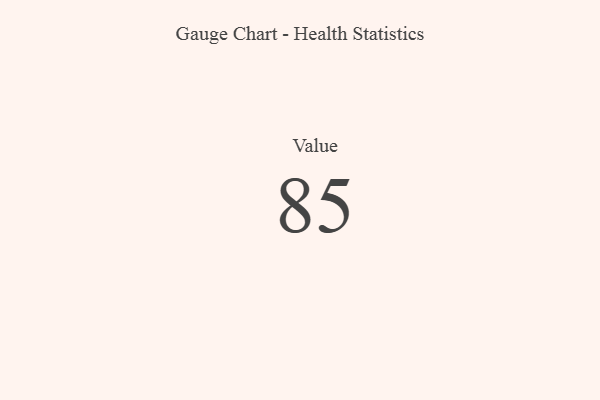
{"axis": {"x": "Metric", "y": "Value"}, "legend": [""], "data": [{"x": "Value", "y": 85, "type": ""}]}